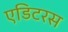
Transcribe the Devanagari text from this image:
एडिटरस